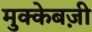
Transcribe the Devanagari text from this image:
मुक्केबज़ी